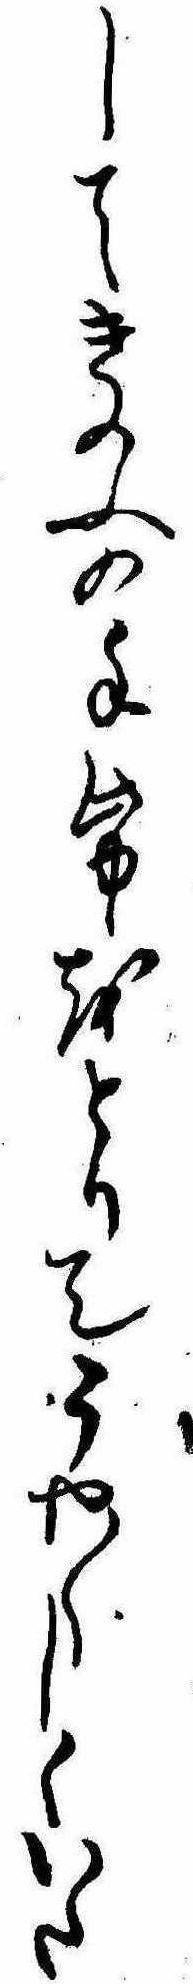
してきのふの手紙をとりてうや〱しくいた